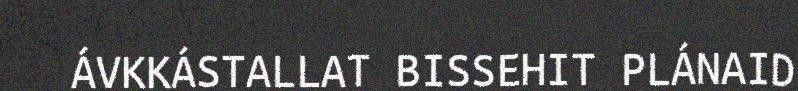
ÁVKKÁSTALLAT BISSEHIT PLÁNAID